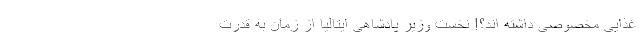
غذایی مخصوصی داشته اند؟! نخست وزیر پادشاهی ایتالیا از زمان به قدرت